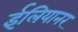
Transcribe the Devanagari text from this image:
ईलियानर